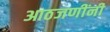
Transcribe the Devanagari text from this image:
आठजणींनी